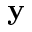
\mathbf { y }